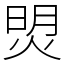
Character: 焽